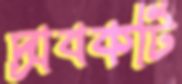
দ্রাবকটি